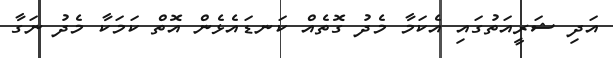
އަދި ޝަރީއަތުގައި އެކަމާ މެދު ގޮތެއް ކަނޑައެޅެން އޮތް ކަމަކާ މެދު ނަގާ